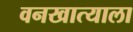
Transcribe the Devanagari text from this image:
वनखात्याला